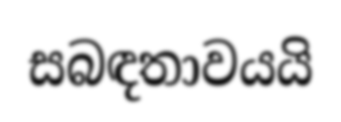
සබඳතාවයයි